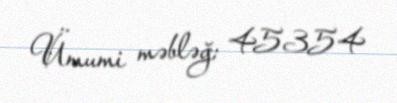
Ümumi məbləğ: 45354